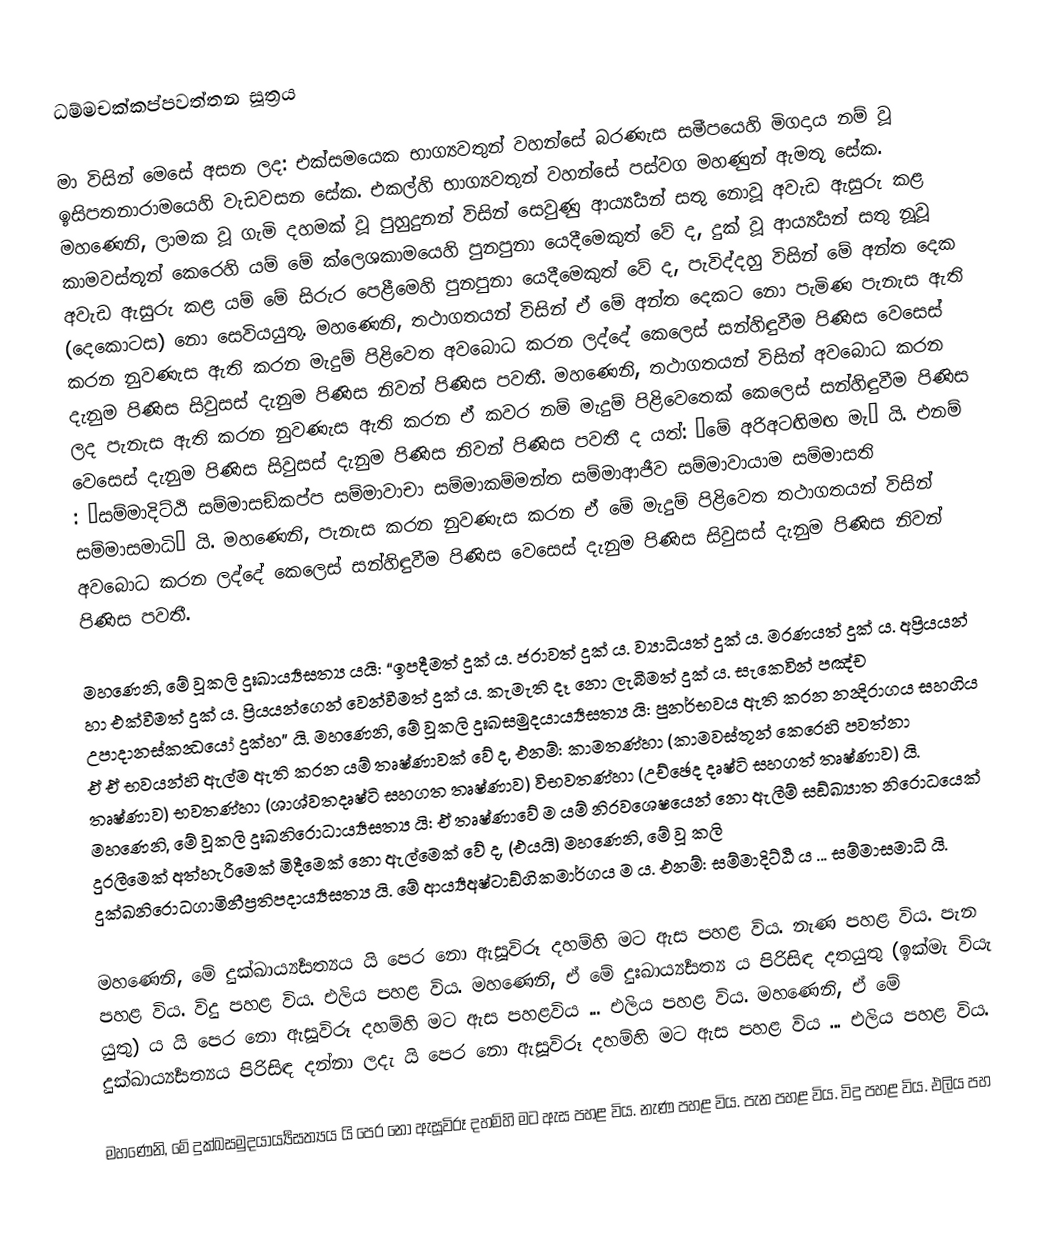
ධම්‌මචක්‌කප්‌පවත්‌තන සූත්‍රය

මා විසින් මෙසේ අසන ලද: එක්සමයෙක භාග්‍යවතුන් වහන්සේ බරණැස සමීපයෙහි මිගදාය නම් වූ ඉසිපතනාරාමයෙහි වැඩවසන සේක. එකල්හි භාග්‍යවතුන් වහන්සේ පස්වග මහණුන් ඇමතූ සේක. මහණෙනි, ලාමක වූ ගැමි දහමක් වූ පුහුදුනන් විසින් සෙවුණු ආර්‍ය්‍යයන් සතු නොවූ අවැඩ ඇසුරු කළ කාමවස්තූන් කෙරෙහි යම් මේ ක්ලෙශකාමයෙහි පුනපුනා යෙදීමෙකුත් වේ ද, දුක් වූ ආර්‍ය්‍යයන් සතු නූවූ අවැඩ ඇසුරු කළ යම් මේ සිරුර පෙළීමෙහි පුනපුනා යෙදීමෙකුත් වේ ද, පැවිද්දහු විසින් මේ අන්ත දෙක (දෙකොටස) නො සෙවියයුතු. මහණෙනි, තථාගතයන් විසින් ඒ මේ අන්ත දෙකට නො පැමිණ පැනැස ඇති කරන නුවණැස ඇති කරන මැදුම් පිළිවෙත අවබොධ කරන ලද්දේ කෙලෙස් සන්හිඳුවීම පිණිස වෙසෙස් දැනුම පිණිස සිවුසස් දැනුම පිණිස නිවන් පිණිස පවතී. මහණෙනි, තථාගතයන් විසින් අවබොධ කරන ලද පැනැස ඇති කරන නුවණැස ඇති කරන ඒ කවර නම් මැදුම් පිළිවෙතෙක් කෙලෙස් සන්හිඳුවීම පිණිස වෙසෙස් දැනුම පිණිස සිවුසස් දැනුම පිණිස නිවන් පිණිස පවතී ද යත්: “මේ අරිඅටඟිමඟ මැ” යි. එනම් : “සම්මාදිට්ඨි සම්මාසඞ්කප්ප සම්මාවාචා සම්මාකම්මන්ත සම්මාආජීව සම්මාවායාම සම්මාසති සම්මාසමාධි” යි. මහණෙනි, පැනැස කරන නුවණැස කරන ඒ මේ මැදුම් පිළිවෙත තථාගතයන් විසින් අවබොධ කරන ලද්දේ කෙලෙස් සන්හිඳුවීම පිණිස වෙසෙස් දැනුම පිණිස සිවුසස් දැනුම පිණිස නිවන් පිණිස පවතී.

මහණෙනි, මේ වූකලි දුඃඛාර්‍ය්‍යසත්‍ය යයි: “ඉපදීමත් දුක් ය. ජරාවත් දුක් ය. ව්‍යාධියත් දුක් ය. මරණයත් දුක් ය. අප්‍රියයන් හා එක්වීමත් දුක් ය. ප්‍රියයන්ගෙන් වෙන්වීමත් දුක් ය. කැමැති දෑ නො ලැබීමත් දුක් ය. සැකෙවින් පඤ්ච උපාදානස්කන්‍ධයෝ දුක්හ” යි. මහණෙනි, මේ වූකලි දුඃඛසමුදයාර්‍ය්‍යසත්‍ය යි: පුනර්භවය ඇති කරන නන්‍දිරාගය සහගිය ඒ ඒ භවයන්හි ඇල්ම ඇති කරන යම් තෘෂ්ණාවක් වේ ද, එනම්: කාමතණ්හා (කාමවස්තූන් කෙරෙහි පවත්නා තෘෂ්ණාව) භවතණ්හා (ශාශ්වතදෘෂ්ටි සහගත තෘෂ්ණාව) විභවතණ්හා (උච්ඡෙද දෘෂ්ටි සහගත් තෘෂ්ණාව) යි. මහණෙනි, මේ වූකලි දුඃඛනිරොධාර්‍ය්‍යසත්‍ය යි: ඒ තෘෂ්ණාවේ ම යම් නිරවශෙෂයෙන් නො ඇලීම් සඞ්ඛ්‍යාත නිරොධයෙක් දුරලීමෙක් අත්හැරීමෙක් මිදීමෙක් නො ඇල්මෙක් වේ ද, (එයයි) මහණෙනි, මේ වූ කලි දුක්ඛනිරොධගාමිනීප්‍රතිපදාර්‍ය්‍යසත්‍ය යි. මේ ආර්‍ය්‍යඅෂ්ටාඞ්ගිකමාර්ගය ම ය. එනම්: සම්මාදිට්ඨි ය ... සම්මාසමාධි යි.

මහණෙනි, මේ දුක්ඛාර්‍ය්‍යසත්‍යය යි පෙර නො ඇසූවිරූ දහම්හි මට ඇස පහළ විය. නැණ පහළ විය. පැන පහළ විය. විදු පහළ විය. එලිය පහළ විය. මහණෙනි, ඒ මේ දුඃඛාර්‍ය්‍යසත්‍ය ය පිරිසිඳ දතයුතු (ඉක්මැ වියැ යුතු) ය යි පෙර නො ඇසූවිරූ දහම්හි මට ඇස පහළවිය ... එලිය පහළ විය. මහණෙනි, ඒ මේ දුක්ඛාර්‍ය්‍යසත්‍යය පිරිසිඳ දන්නා ලදැ යි පෙර නො ඇසූවිරූ දහම්හි මට ඇස පහළ විය ... එලිය පහළ විය.

මහණෙනි, මේ දුක්ඛසමුදයාර්‍ය්‍යසත්‍යය යි පෙර නො ඇසූවිරූ දහම්හි මට ඇස පහළ විය. නැණ පහළ විය. පැන පහළ විය. විදු පහළ විය. එලිය පහ